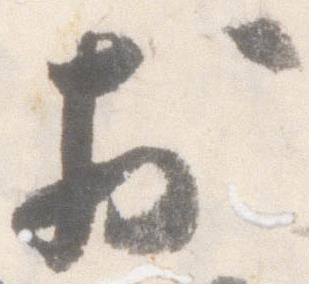
於